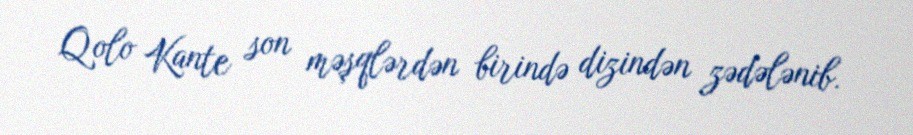
Qolo Kante son məşqlərdən birində dizindən zədələnib.